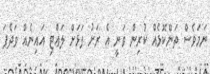
ނަމަވެސް ތަންކޮޅެއް ކުރިން ވަނީ އެ ރަށު ފަޅަށް ލައްޓި އައިނެއް ވަދެފަ